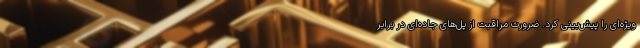
ویژه‌ای را پیش‌بینی کرد. ضرورت مراقبت از پل‌های جاده‌ای در برابر